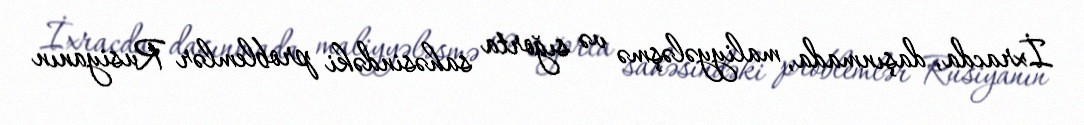
İxracda, daşınmada, maliyyələşmə və sığorta sahəsindəki problemlər Rusiyanın